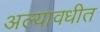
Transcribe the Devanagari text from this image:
अल्यावधीत